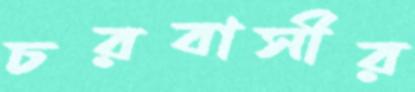
চরবাসীর